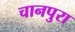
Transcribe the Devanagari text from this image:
चानपुरा